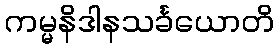
ကမ္မနိဒါနသင်္ခယောတိ